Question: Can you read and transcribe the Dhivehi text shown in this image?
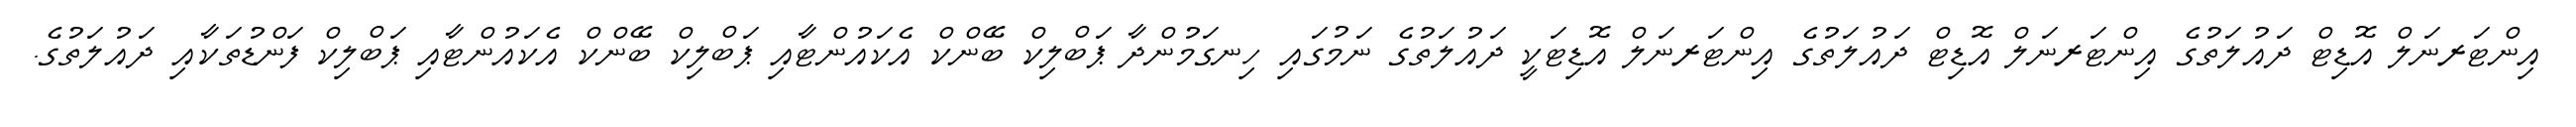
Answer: އިންޓަރނަލް އޮޑިޓް ދައުލަތުގެ އިންޓަރނަލް އޮޑިޓް ދައުލަތުގެ އިންޓަރނަލް އޮޑިޓަކީ ދައުލަތުގެ ނަމުގައި ހިނގަމުންދާ ޕަބްލިކް ބޭންކް އެކައުންޓާއި ޕަބްލިކް ބޭންކް އެކައުންޓާއި ޕަބްލިކް ފަންޑުތަކާއި ދައުލަތުގެ.